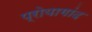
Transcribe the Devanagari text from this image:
प्रोयागांद